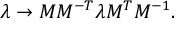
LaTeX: \lambda \to M M ^ { - T } \lambda M ^ { T } M ^ { - 1 } .